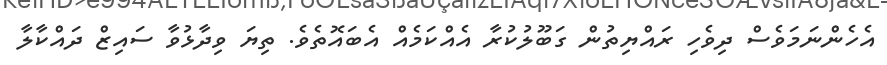
އެހެންނަމަވެސް ދިވެހި ރައްޔިތުން ގަބޫލުކުރާ އެއްކަމެއް އެބައޮތެވެ. ތިޔަ ވިދާޅުވާ ސައިޒް ދައްކާލާ